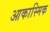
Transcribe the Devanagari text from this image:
आकास्मिक